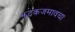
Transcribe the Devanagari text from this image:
झटकजमावचा